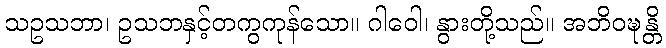
သဥသဘာ၊ ဥသဘနှင့်တကွကုန်သော။ ဂါဝေါ၊ နွားတို့သည်။ အဘိဝဍ္ဎန္တိ